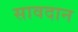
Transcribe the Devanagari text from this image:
सावदान